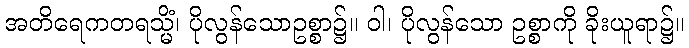
အတိရေကတရသ္မိံ၊ ပိုလွန်သောဥစ္စာ၌။ ဝါ၊ ပိုလွန်သော ဥစ္စာကို ခိုးယူရာ၌။